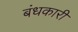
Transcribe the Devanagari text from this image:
बंधकारी